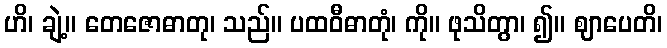
ဟိ၊ ချဲ့။ တေဇောဓာတု၊ သည်။ ပထဝီဓာတုံ၊ ကို။ ဖုသိတွာ၊ ၍။ ဈာပေတိ၊